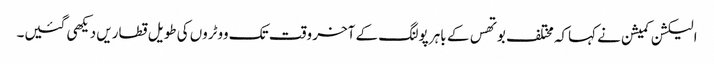
الیکشن کمیشن نے کہاکہ مختلف بوتھس کے باہر پولنگ کے آخر وقت تک ووٹروں کی طویل قطاریں دیکھی گئیں۔